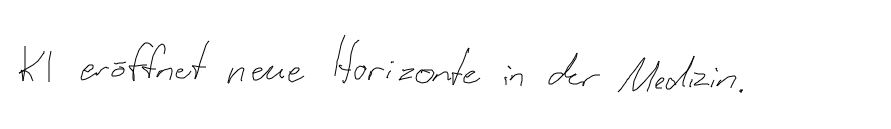
KI eröffnet neue Horizonte in der Medizin.